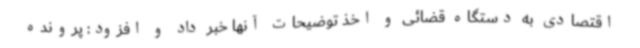
اقتصادی به دستگاه قضائی و اخذ توضیحات آنها خبر داد و افزود: پرونده